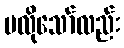
မလိုသော်လည်း